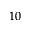
1 0